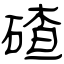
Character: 碴